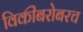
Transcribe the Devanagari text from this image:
विकीबरोबरच